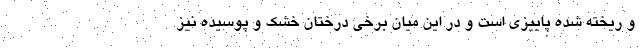
و ریخته شده پاییزی است و در این میان برخی درختان خشک و پوسیده نیز